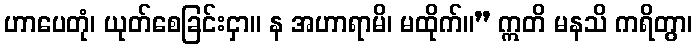
ဟာပေတုံ၊ ယုတ်စေခြင်းငှာ။ န အဟာရာမိ၊ မထိုက်။” ဣတိ မနသိ ကရိတွာ၊